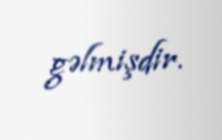
gəlmişdir.